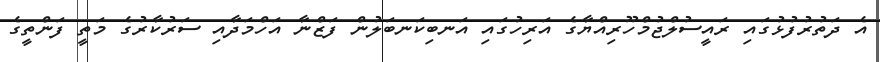
އެ ދަތުރުފުޅުގައި ރައީސުލްޖުމްހޫރިއްޔާގެ އަރިހުގައި އަނބިކަނބަލުން ފަޒްނާ އަހްމަދާއި ސަރުކާރުގެ މަތީ ފަންތީގެ